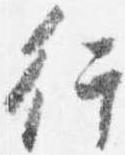
行